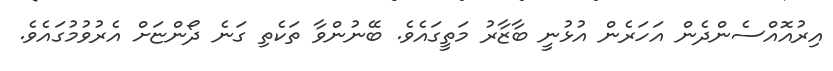
އިރުއޮއްސެންދެން އަހަރެން އުޅުނީ ބާޒާރު މަތީގައެވެ. ބޭނުންވާ ތަކެތި ގަނެ ދޯންޏަށް އެރުވުމުގައެވެ.